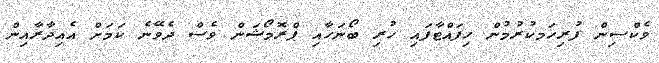
ވެކްސިން ފުރިހަމކުރުމުން ހިފައްޓާފައި ހުރި ބޯނަހާއި ޕްރޮމޯޝަން ވެސް ދެވޭނެ ކަމަށް އެއިދާރާއިން